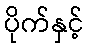
ပိုက်နှင့်